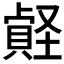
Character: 𡑧